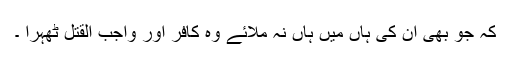
کہ جو بھی ان کی ہاں میں ہاں نہ ملائے وہ کافر اور واجب القتل ٹھہرا ۔